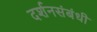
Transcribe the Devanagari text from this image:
दर्शनसंबंधी